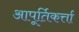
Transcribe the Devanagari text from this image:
आपूर्तिकर्त्ता